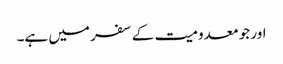
اور جو معدومیت کے سفر میں ہے۔